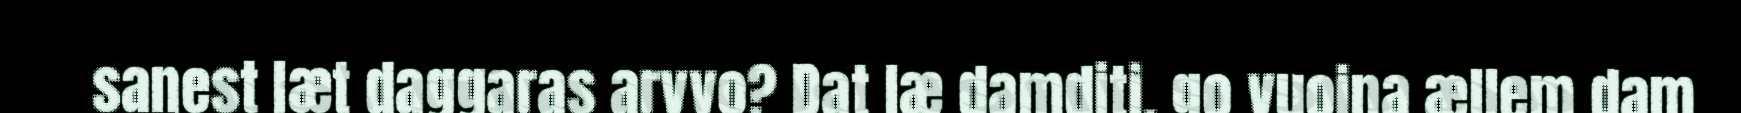
sanest læt daggaras arvvo? Dat læ damditi, go vuoina ællem dam